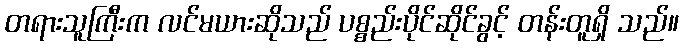
တရားသူကြီးက လင်မယားဆိုသည် ပစ္စည်းပိုင်ဆိုင်ခွင့် တန်းတူရှိ သည်။